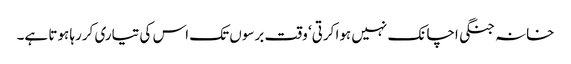
خانہ جنگی اچانک نہیں ہوا کرتی‘ وقت برسوں تک اس کی تیاری کررہا ہوتا ہے۔